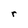
Character: r